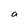
Character: a